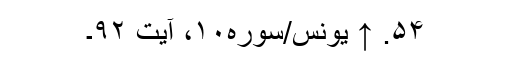
۵۴. ↑ یونس/سوره۱۰، آیت ۹۲۔